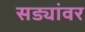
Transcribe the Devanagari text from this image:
सड्यांवर